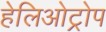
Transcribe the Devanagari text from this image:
हेलिओट्रोप